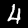
Label: 4